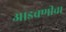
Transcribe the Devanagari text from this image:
आडचणीचा